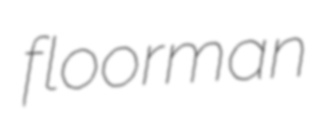
floorman